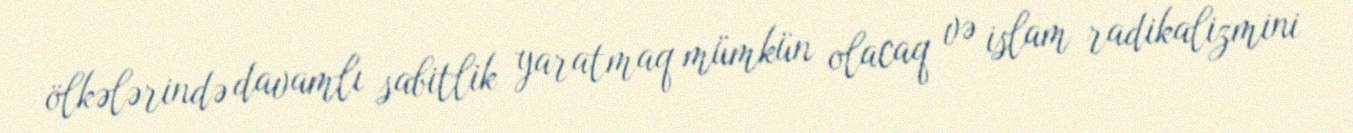
ölkələrində davamlı sabitlik yaratmaq mümkün olacaq və islam radikalizmini